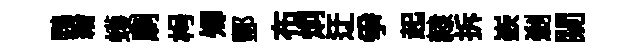
鸚繒蠖刷枵𡖖酆布炯迂争起隸拆嶔剎闚